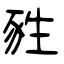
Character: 甤